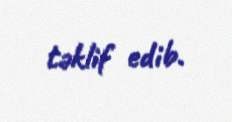
təklif edib.